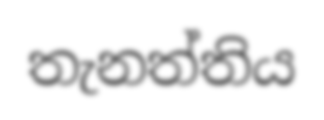
තැනත්තිය